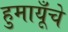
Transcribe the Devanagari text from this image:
हुमायूँचे